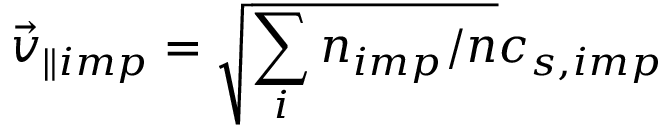
\vec { v } _ { \parallel i m p } = \sqrt { \sum _ { i } n _ { i m p } / n } c _ { s , i m p }